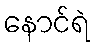
နောင်ရဲ